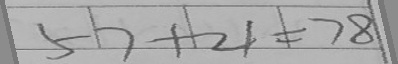
5 6 + 2 1 = 7 8